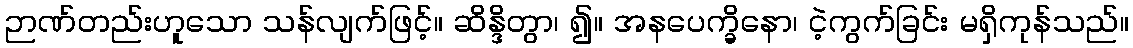
ဉာဏ်တည်းဟူသော သန်လျက်ဖြင့်။ ဆိန္ဒိတွာ၊ ၍။ အနပေက္ခိနော၊ ငဲ့ကွက်ခြင်း မရှိကုန်သည်။